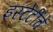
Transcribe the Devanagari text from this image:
इस्टेटींचें